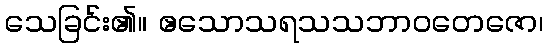
သေခြင်း၏။ ဧသောသရသသဘာဝတေဇော၊